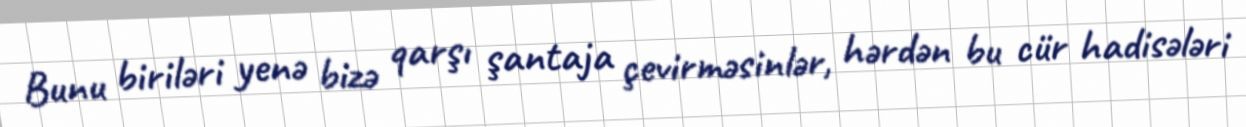
Bunu biriləri yenə bizə qarşı şantaja çevirməsinlər, hərdən bu cür hadisələri